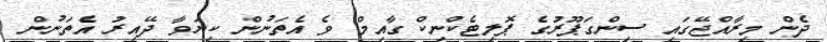
ދެން މިރާއްޖޭގައި ސިންގަޕޫރުގެ ޕޮލިޓެކްނިކް ގާއިމް ވެ އެތަނުން ކިޔަވާ ދޭއިރު އެތަނުން